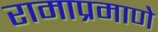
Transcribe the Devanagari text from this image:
रामाप्रमाणे